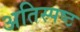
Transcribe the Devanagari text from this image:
अतिस्पष्ट